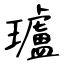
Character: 瓐